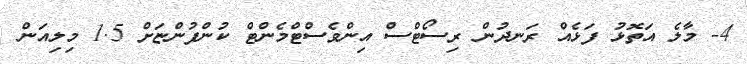
4- މާލެ އަތޮޅު ފަޅެއް ރަނދުން ރިސޯޓްސް އިންވެސްޓްމެންޓް ކުންފުންޏަށް 1.5 މިލިއަން